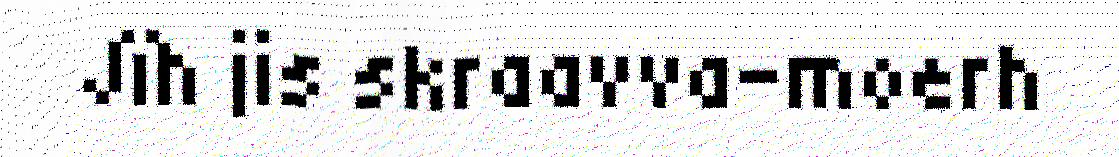
Jïh jis skraavva-moerh